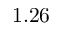
1 . 2 6